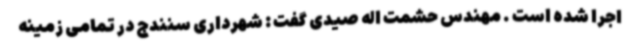
اجرا شده است . مهندس حشمت اله صیدی گفت : شهرداری سنندج در تمامی زمینه